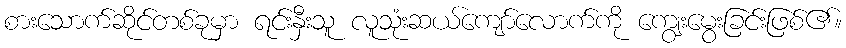
စားသောက်ဆိုင်တစ်ခုမှာ ရင်းနှီးသူ လူသုံးဆယ်ကျော်လောက်ကို ကျွေးမွေးခြင်းဖြစ်၏။